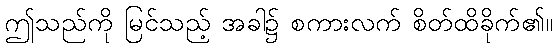
ဤသည်ကို မြင်သည့် အခါ၌ စကားလက် စိတ်ထိခိုက်၏။